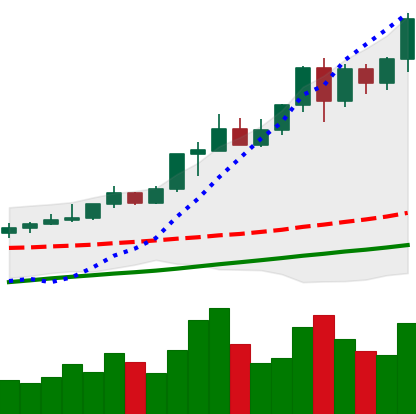
Ticker: XMR-USD
Chart end date: 2020-08-06
Forward return: -8.526%
Label: down_7plus